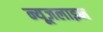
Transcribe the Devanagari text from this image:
न्यूज़लाइन